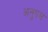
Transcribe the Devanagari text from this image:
अनुपमं